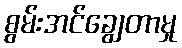
စွမ်းအင်ချွေတာမှု